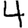
Digit: 4